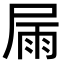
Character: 屚